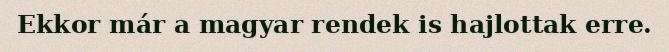
Ekkor már a magyar rendek is hajlottak erre.